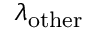
\lambda _ { \mathrm { o t h e r } }